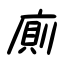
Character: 廁